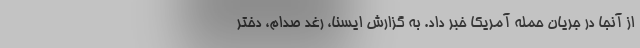
از آنجا در جریان حمله آمریکا خبر داد. به گزارش ایسنا، رغد صدام، دختر